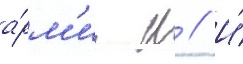
а́рм'ии н // И́